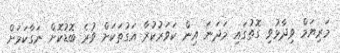
މަރިޔަމް ވިދާޅުވި ގޮތުގައި މަދަނަ އިން ކަވަރުކުރާ އަގުތަކަށް ވުރެ ބޮޑުކޮށް ނަގާކަމަށް